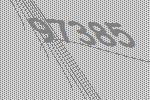
97385